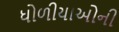
ધોળીયાઓની